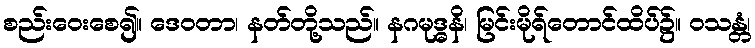
စည်းဝေးစေ၍။ ဒေဝတာ၊ နတ်တို့သည်။ နဂမုဒ္ဓနိ၊ မြင်းမိုရ်တောင်ထိပ်၌။ ဝသန္တံ၊